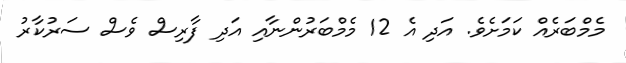
މެމްބަރެއް ކަމަށެވެ. އަދި އެ 12 މެމްބަރުންނާއި އަދި ފާރިސް ވެސް ސަރުކާރު